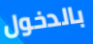
بالدخول